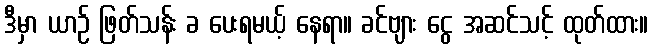
ဒီမှာ ယာဉ် ဖြတ်သန်း ခ ပေးရမယ့် နေရာ။ ခင်ဗျား ငွေ အဆင်သင့် ထုတ်ထား။